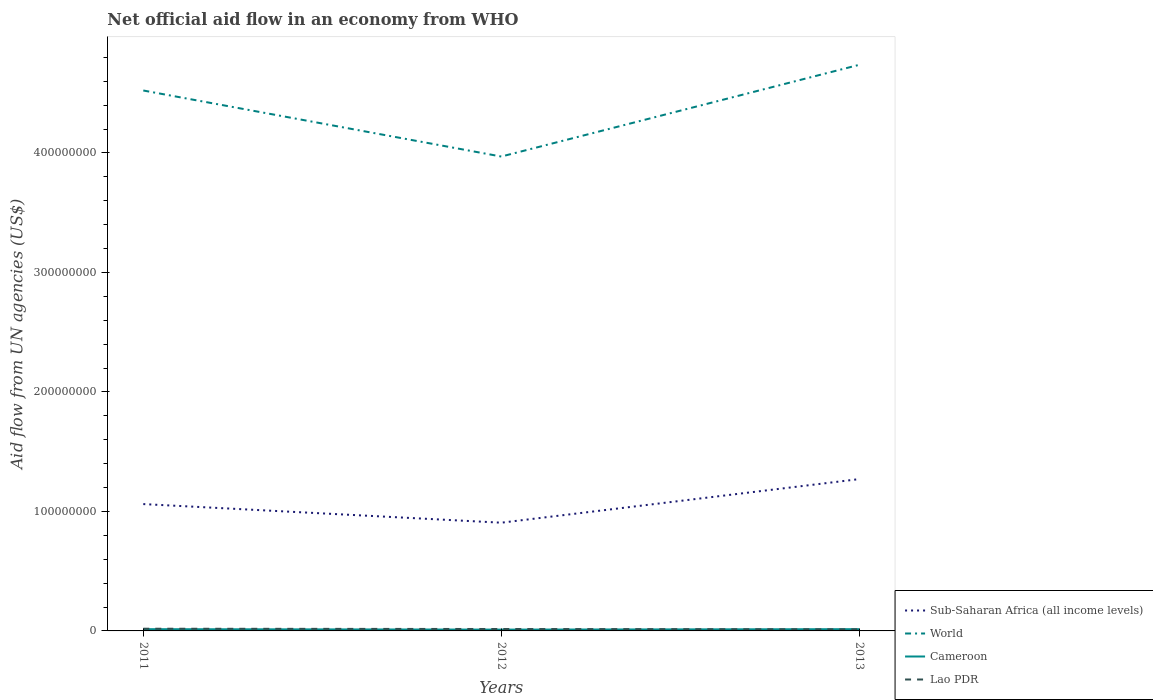
| Years | Sub-Saharan Africa (all income levels) | World | Cameroon | Lao PDR |
 | --- | --- | --- | --- | --- |
 | 2011 | 1.06e+08 | 4.52e+08 | 1.46e+06 | 1.84e+06 |
 | 2012 | 9.06e+07 | 3.97e+08 | 1.1e+06 | 1.6e+06 |
 | 2013 | 1.27e+08 | 4.74e+08 | 1.46e+06 | 1.33e+06 |